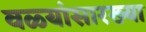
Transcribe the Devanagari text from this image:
वळ्यांसारख्या